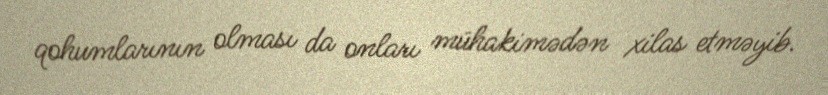
qohumlarının olması da onları mühakimədən xilas etməyib.